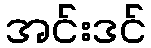
အင်းဒင်